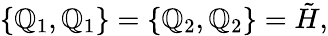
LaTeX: \{ \mathbb{Q}_{1},\mathbb{Q}_{1}\} =\{ \mathbb{Q}_{2},\mathbb{Q}_{2}\} =\tilde{{H}},